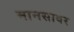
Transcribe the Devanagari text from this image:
मानसावर